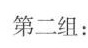
第二组：